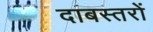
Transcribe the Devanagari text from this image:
दाबस्तरों